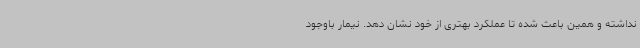
نداشته و همین باعث شده تا عملکرد بهتری از خود نشان دهد. نیمار باوجود